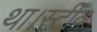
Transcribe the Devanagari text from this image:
था।स्टीव